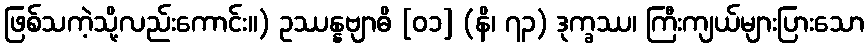
ဖြစ်သကဲ့သို့လည်းကောင်း။) ဥဿန္နဗျာဓိ [၀၁] (နိ၊ ၇၃) ဒုက္ခဿ၊ ကြီးကျယ်များပြားသော